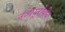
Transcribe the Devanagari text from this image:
नव्ययूरोपीय